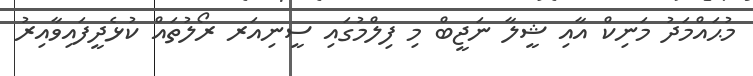
މުޙައްމަދު މަނިކް އާއި ޝީލާ ނަޖީބް މި ފިލްމުގައި ސީނިއަރ ރޯލުތައް ކުޅެދީފައިވާއިރު